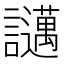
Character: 𧮇